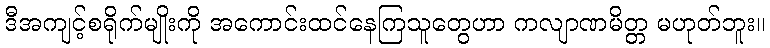
ဒီအကျင့်စရိုက်မျိုးကို အကောင်းထင်နေကြသူတွေဟာ ကလျာဏမိတ္တ မဟုတ်ဘူး။